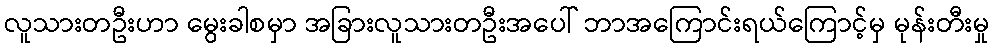
လူသားတဦးဟာ မွေးခါစမှာ အခြားလူသားတဦးအပေါ် ဘာအကြောင်းရယ်ကြောင့်မှ မုန်းတီးမှု